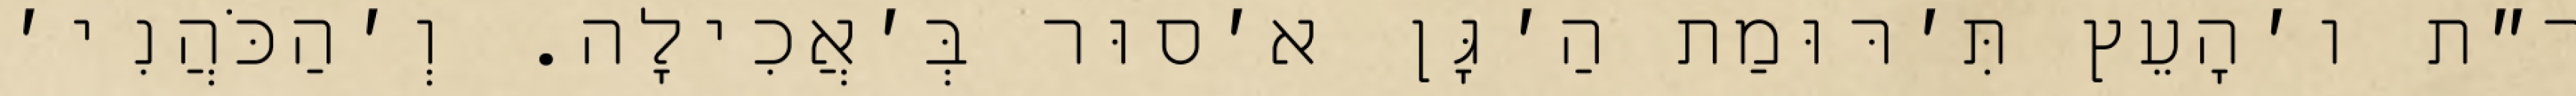
ר״ת ו׳הָעֵץ תִּ׳רּוּמַת הַ׳גָּן א׳סוּר בְּ׳אֲכִילָה. וְ׳הַכֹּהֲנִי׳